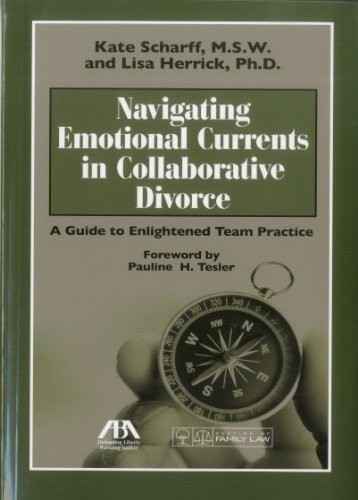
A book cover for Navigating Emotional Currents in Collaborative Divorce: A Guide to Enlightened Team Practice; Kate Scharff; Law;